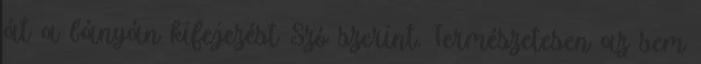
át a bányán kifejezést Szó szerint. Természetesen az sem